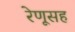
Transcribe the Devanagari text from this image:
रेणूसह